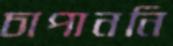
চাপাননি